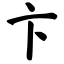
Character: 卞